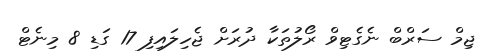
ޖިމް ސަރްބް ނެގެޓިވް ރޯލުތަކާ ދުރަށް ޖެހިލައިފި 17 ގަޑި 8 މިނެޓް